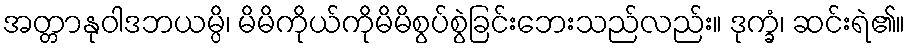
အတ္တာနုဝါဒဘယမ္ပိ၊ မိမိကိုယ်ကိုမိမိစွပ်စွဲခြင်းဘေးသည်လည်း။ ဒုက္ခံ၊ ဆင်းရဲ၏။